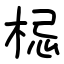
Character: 梞